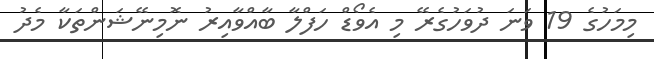
މިމަހުގެ 19 ވަނަ ދުވަހުުގެރޭ މި އެވޯޑް ހަފްލާ ބާއްވާއިރު ނޮމިނޭޝަންތަކާ މެދު